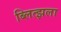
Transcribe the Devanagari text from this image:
ब्लित्झला